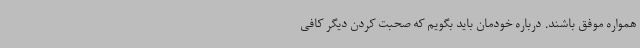
همواره موفق باشند. درباره خودمان باید بگویم که صحبت کردن دیگر کافی